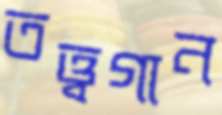
তত্ত্বগান